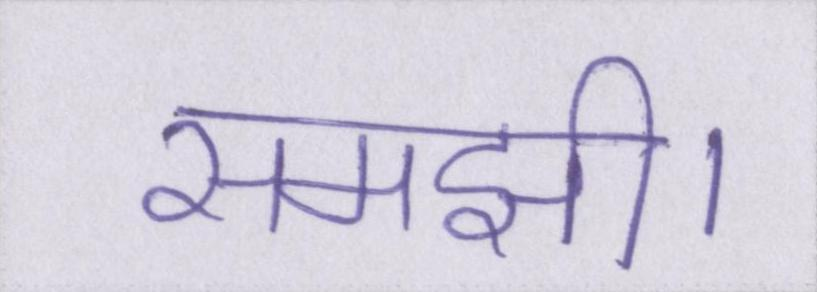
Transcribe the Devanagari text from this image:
समझी।